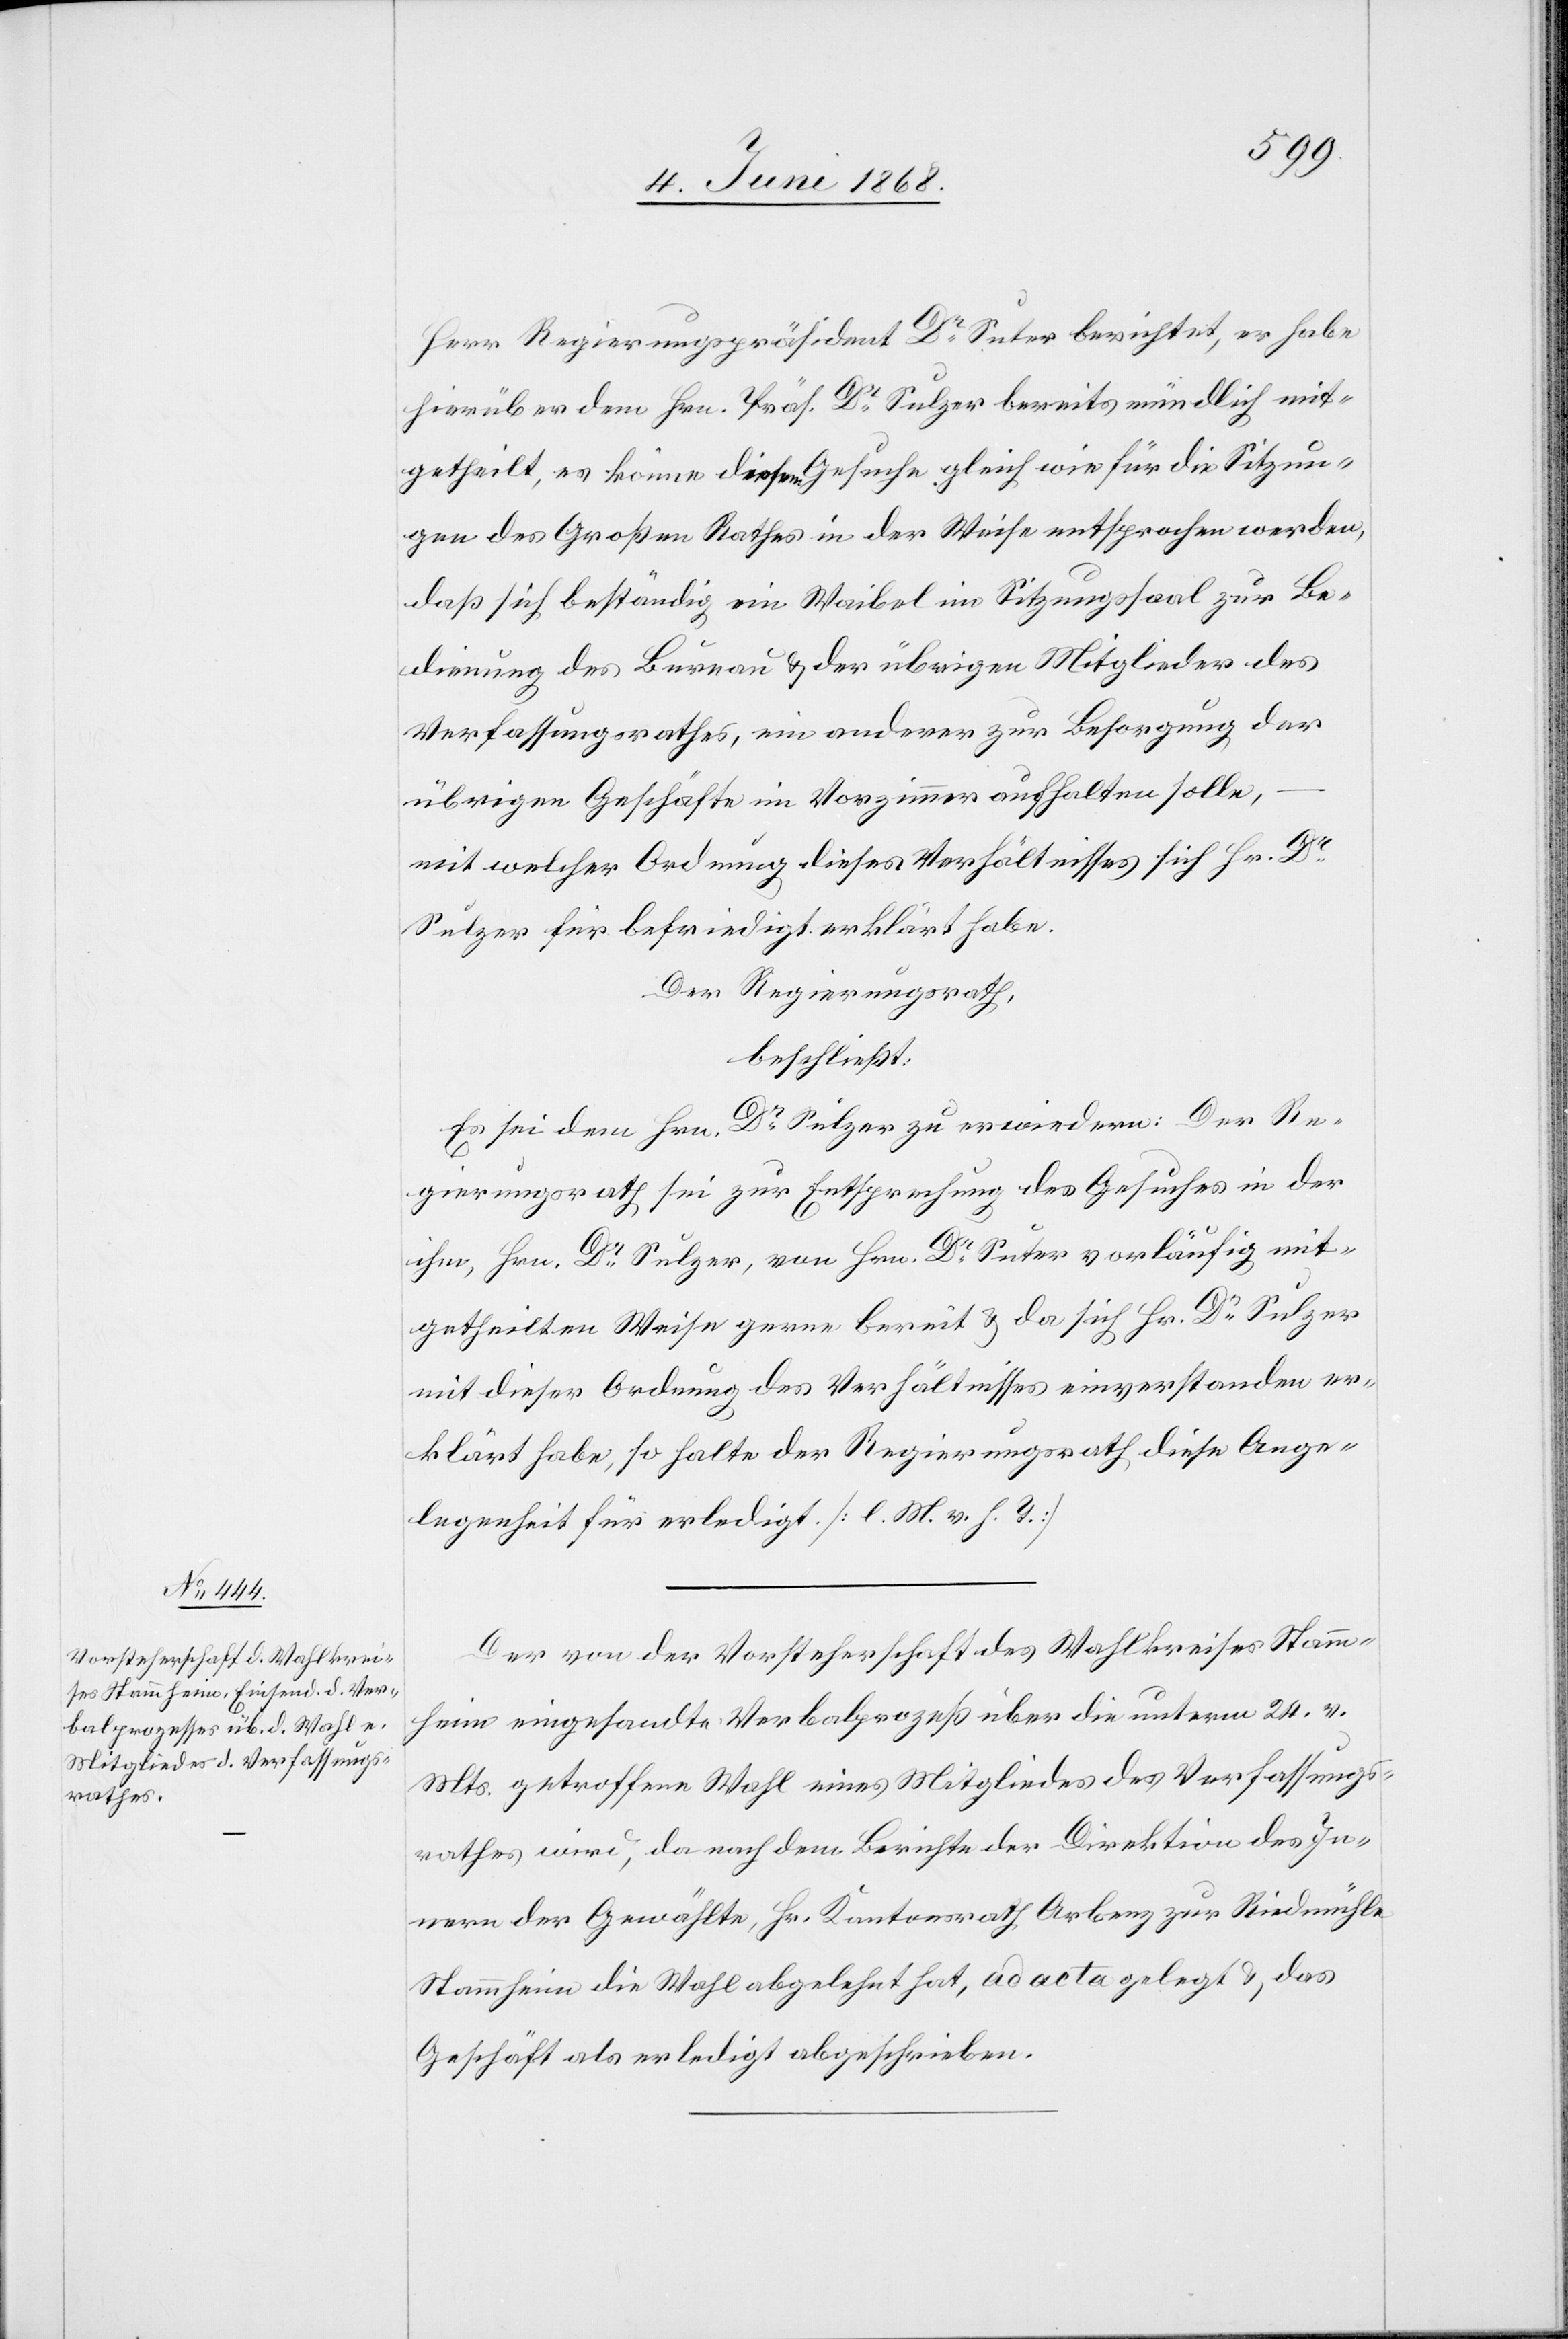
Herr Regierungspräsident Dr Suter berichtet, er habe
hierüber dem Hrn. Präs. Dr Sulzer bereits mündlich mit¬
getheilt, es könne diesem Gesuche gleich wie für die Sitzun¬
gen des Großen Rathes in der Weise entsprochen werden,
daß sich beständig ein Waibel im Sitzungssaal zur Be¬
dienung des Bureau & der übrigen Mitglieder des
Verfassungsrathes, ein anderer zur Besorgung der
übrigen Geschäfte im Vorzimmer aufhalten solle,
mit welcher Ordnung dieses Verhältnisses sich Hr. Dr
Sulzer für befriedigt erklärt habe.
Der Regierungsrath,
beschließt:
Es sei dem Hrn. Dr Sulzer zu erwiedern: Der Re¬
gierungsrath sei zur Entsprechung des Gesuches in der
ihm, Hrn. Dr Sulzer, von Hrn. Dr Suter vorläufig mit¬
getheilten Weise gerne bereit & da sich Hr. Dr Sulzer
mit dieser Ordnung des Verhältnisses einverstanden er¬
klärt habe, so halte der Regierungsrath diese Ange¬
legenheit für erledigt. [l. M. v. h. T.]
Der von der Vorsteherschaft des Wahlkreises Stamm¬
heim eingesandte Verbalprozeß über die unterm 24. v.
Mts. getroffene Wahl eines Mitgliedes des Verfassungs¬
rathes wird, da nach dem Berichte der Direktion des In¬
nern der Gewählte, Hr. Kantonsrath Arbenz zur Riedmühle
Stammheim die Wahl abgelehnt hat, ad acta gelegt & das
Geschäft als erledigt abgeschrieben.